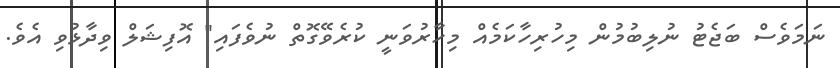
ނަމަވެސް ބަޖެޓު ނުލިބުމުން މިހުރިހާކަމެއް މިހާރުވަނީ ކުރެވޭގޮތް ނުވެފައި" އޮފިޝަލް ވިދާޅުވި އެވެ.